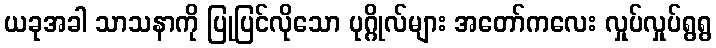
ယခုအခါ သာသနာကို ပြုပြင်လိုသော ပုဂ္ဂိုလ်များ အတော်ကလေး လှုပ်လှုပ်ရွရွ